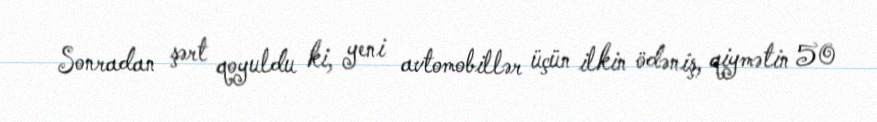
Sonradan şərt qoyuldu ki, yeni avtomobillər üçün ilkin ödəniş, qiymətin 50